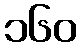
၁၆၀